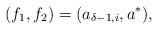
LaTeX: \begin{align*}(f_1,f_2)=(a_{\delta-1,i},a^*),\end{align*}